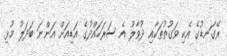
ރޭގަނޑުގެ އެކި ވަގުތުތަކާއި ދުވާލު އެ ސަރަހައްދުގެ އަޑިއަށް އަންނަ ބަދަލު މުޅި